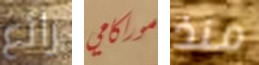
رائع موراكامي منذ